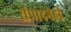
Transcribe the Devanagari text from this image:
संपादनेही